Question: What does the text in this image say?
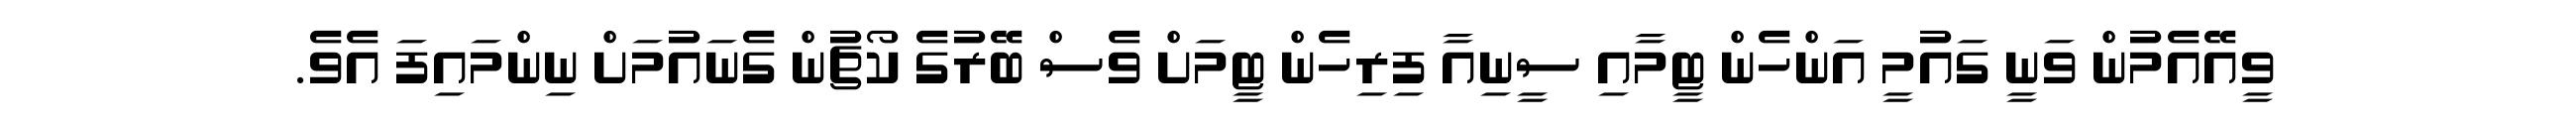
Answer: ވީއޭއެމުން ވަނީ ގައުމީ އަންހެން ޓީމާއި ސީނިއާ ފިރިހެން ޓީމަށް ވެސް ބޭރުގެ ކޯޗުން ގެނައުމަށް ނިންމައިފަ އެވެ.